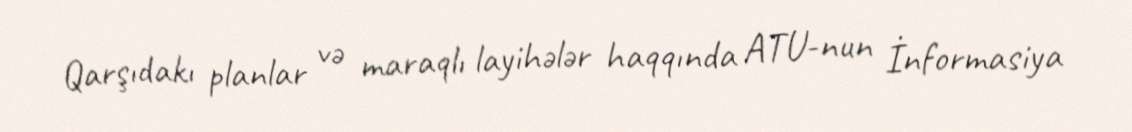
Qarşıdakı planlar və maraqlı layihələr haqqında ATU-nun İnformasiya